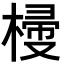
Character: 𣖽